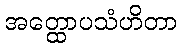
အတ္ထောပသံဟိတာ